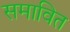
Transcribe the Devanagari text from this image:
समावित